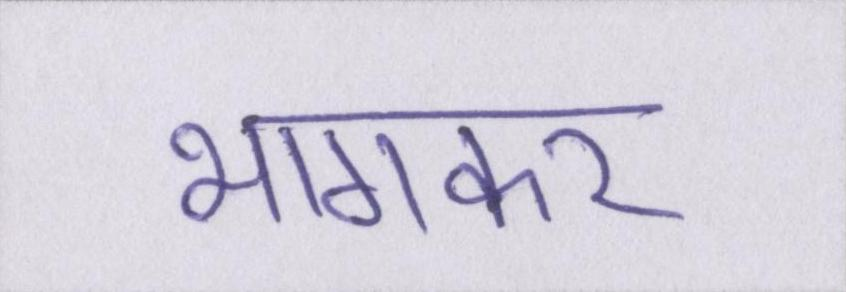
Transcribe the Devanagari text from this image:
भागकर